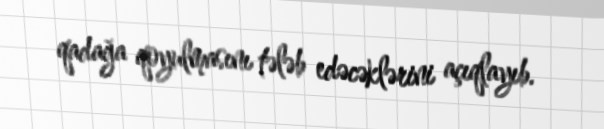
qadağa qoyulmasını tələb edəcəklərini açıqlayıb.